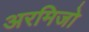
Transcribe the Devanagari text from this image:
अरमिजो